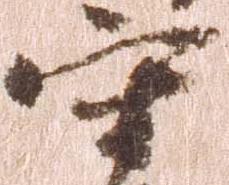
守